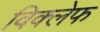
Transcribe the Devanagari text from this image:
विक्लेफ